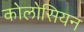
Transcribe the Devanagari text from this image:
कोलोसियन